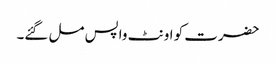
حضرت کو اونٹ واپس مل گئے۔